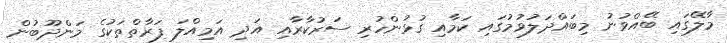
މާލޭގައި ބޭއްވުނު މިބައްދަލުވުމުގައި ކަމާއި ގުޅުންހުރި ސަރުކާރާއި އަދި އަމިއްލަ ފަރާތްތަކުގެ މަންދޫބުން